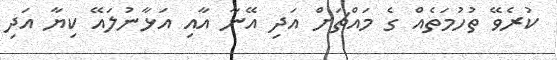
ކުރެވޭ ތުހުމަތެއް ގެ މައްޗަށް އަދި އޭނާ އާއި އަޅާނުުލައޭ ކިޔާ އަދި